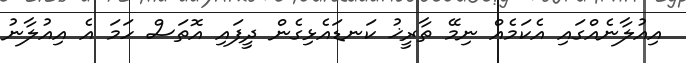
އިއުލާނެއްގައި އެކަމެއް ނިމޭ ތާރީޚު ކަނޑައެޅިގެން ދީފައި އޮތަސް ހަމަ އެ އިއުލާނު